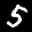
Label: 5